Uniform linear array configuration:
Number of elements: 8
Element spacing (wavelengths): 0.25
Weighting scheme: binomial
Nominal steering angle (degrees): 45
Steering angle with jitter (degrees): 45.263
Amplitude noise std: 0.05
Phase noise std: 0.05

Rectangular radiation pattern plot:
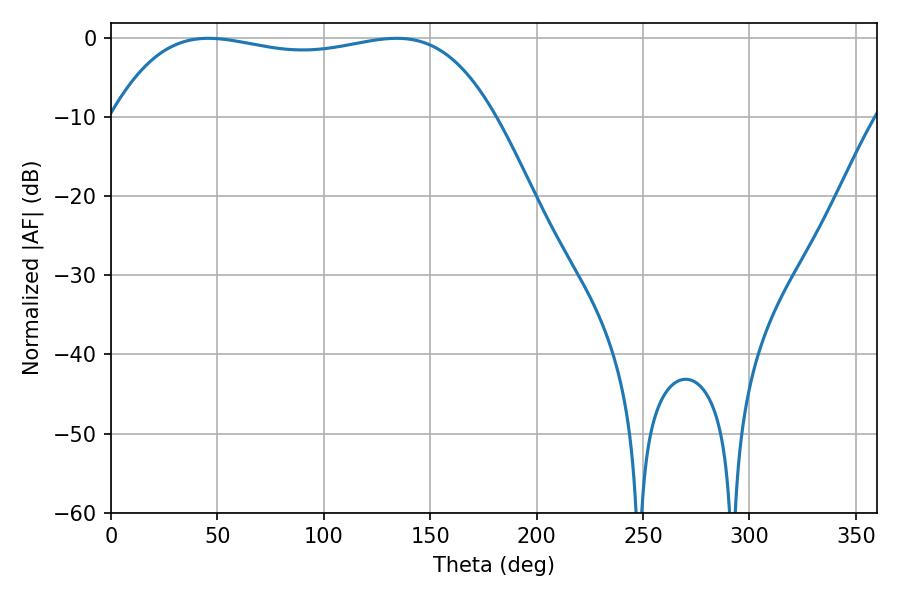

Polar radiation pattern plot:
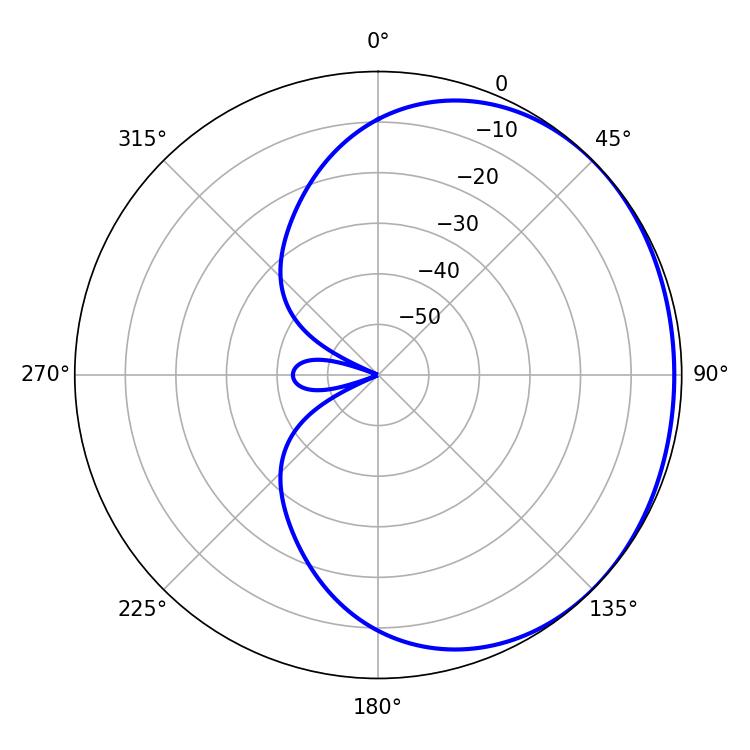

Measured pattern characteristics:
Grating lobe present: FALSE
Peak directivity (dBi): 0.8972
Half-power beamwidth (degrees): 143.64
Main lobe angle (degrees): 45.72